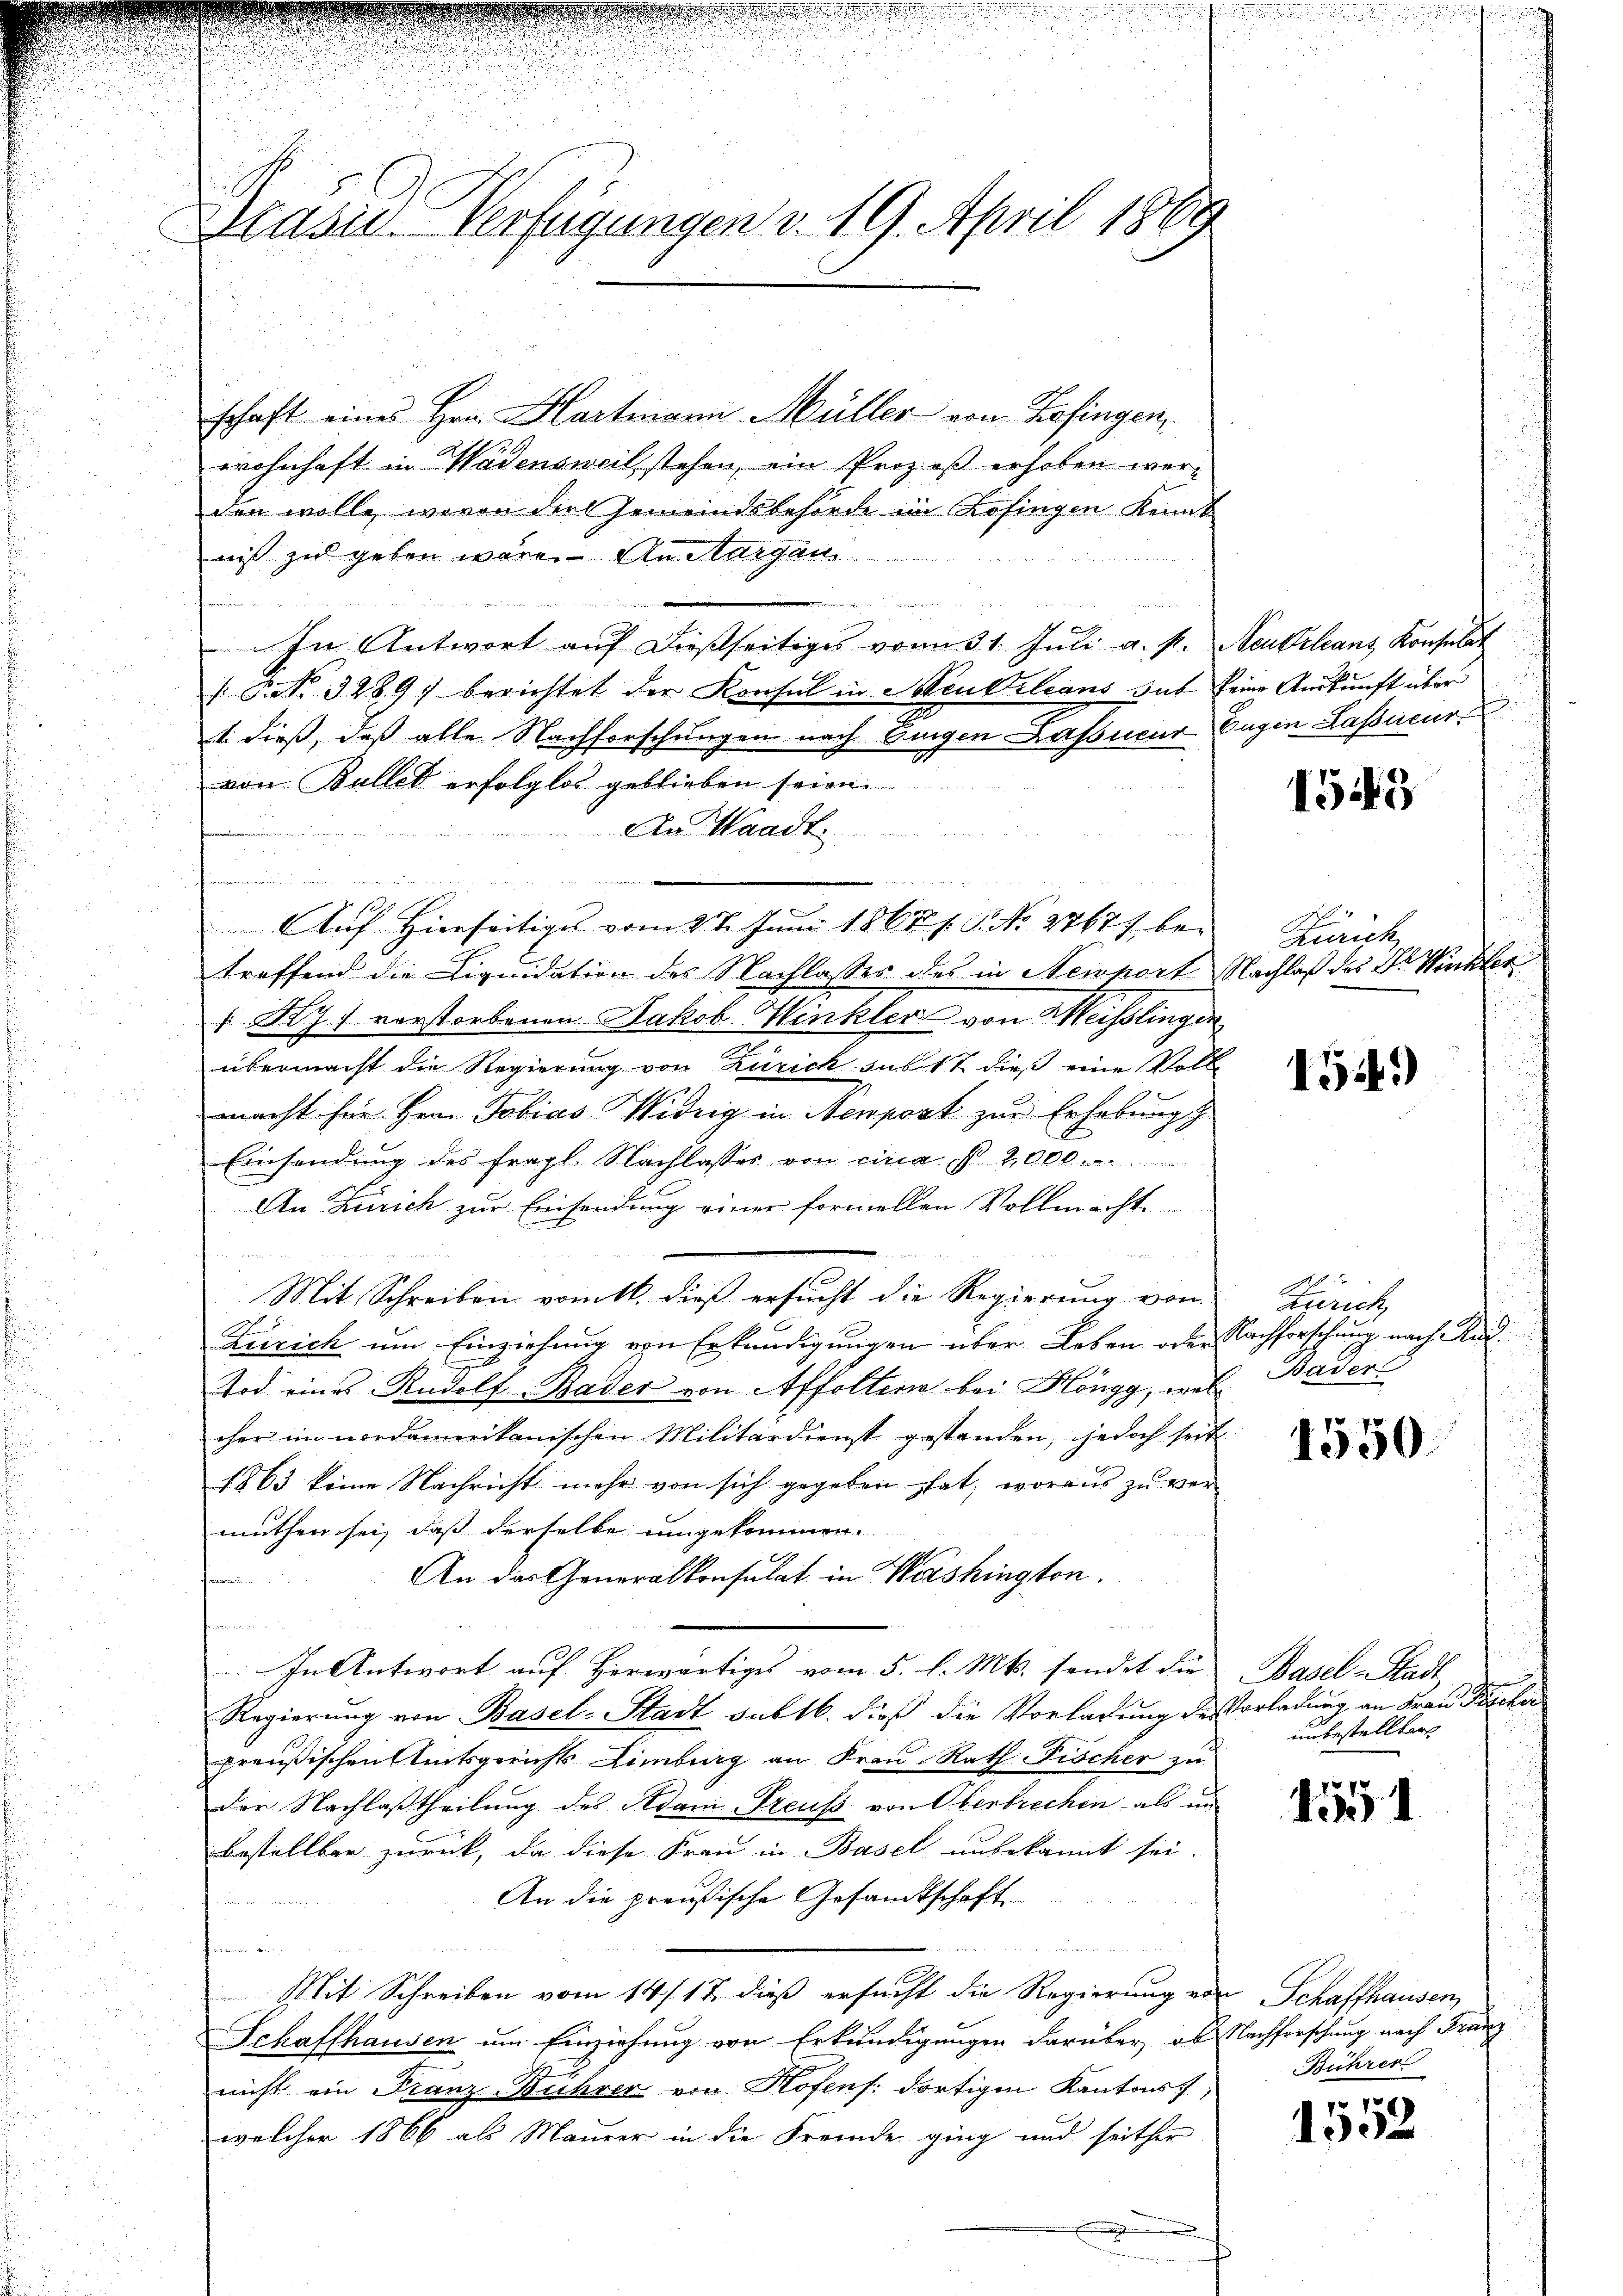
lasur. Verfügungen d. 19. April 1889

d

schaft eines Hrn. Hartmann Müller von Zofingen,
1
wohnhaft in Wadensweil stehen, ein Prozeß erhoben werden wolle, wovon der Gemeindsbehörde im Zofingen Kant
nis zu geben wäre. An Margaui

r

In Antwort auf dießseitiges vom 31. Juli a. p. Neukrleans Konsulat
 P. Nr. 3289) berichtet der Konsul in Meubileans sub seine Auskunft über
.
1. dieß, daß alle Nachforschungen nach Eingen Kassecur Begen Lassecur
von Bullet erfolglos geblieben seien.
An Waadt
af Hierseitiges vom 28. Juni 1867 s. S. No 27677 betroffend die Liquidation des Nachlasses des in Newnort Nachlaß des Dr. Winkler
Ry) verstorbenen Jakob Winkler von Weisslingen
übermacht die Regierung von Zürich sub 17 dieß eine Volle
macht hier Hern Tobias Widrig in Nemport zur Erhebung
Einsendung des fragl. Nachlasses von circa fl. 2,000.
An Zürich zur Einsendung einer formellen Vollmachte
Mit Schreiben vom 11. dieß ersucht die Regierung von
Zürich um Einziehung von Erkundigungen über Leben oder Nachforschung nach Aus¬
Tod eines Rudolf Bader von Affoltene bei Höngg, wel Bader
cher im nordamerikanischen Militärdienst gestanden, jedoch seit
1863 keine Nachricht mehr von sich gegeben hat, woraus zu vermuthen sei, daß derselbe umgekommen.
An das Generalkonsulat in Washington.
f
In Antwort auf herwärtiges vom 5. d. Mts. sendet die
Regierung von Basel-Stadt sub 16. dieß die Vorladung des Vorladung an Frau de
preußischen Amtsgerichts Limburg an Frau Rath Fischer zu
der Nachlaßtheilung des Adani Preuss von Oberbrechen als un
bestellbar zurück, da diese Frau in Basel unbekannt sei.
An die preußische Gesandtschaft
u
Mit Schreiben vom 14/17. dieß ersucht die Regierung von Schaffhausen,
Schaffhausen um Einziehung von Erkundigungen darüber, ob Nachforschung nach Franz
nicht ein Franz-Bihrer von Rofens dortigen Kantons,
welcher 1866 als Maurer in die Fremde ging und seither

1543

Zürich

154)

Zürich

1550.

Basel-Stadt
unbestellter

1551

Bührer

pr. S
1002